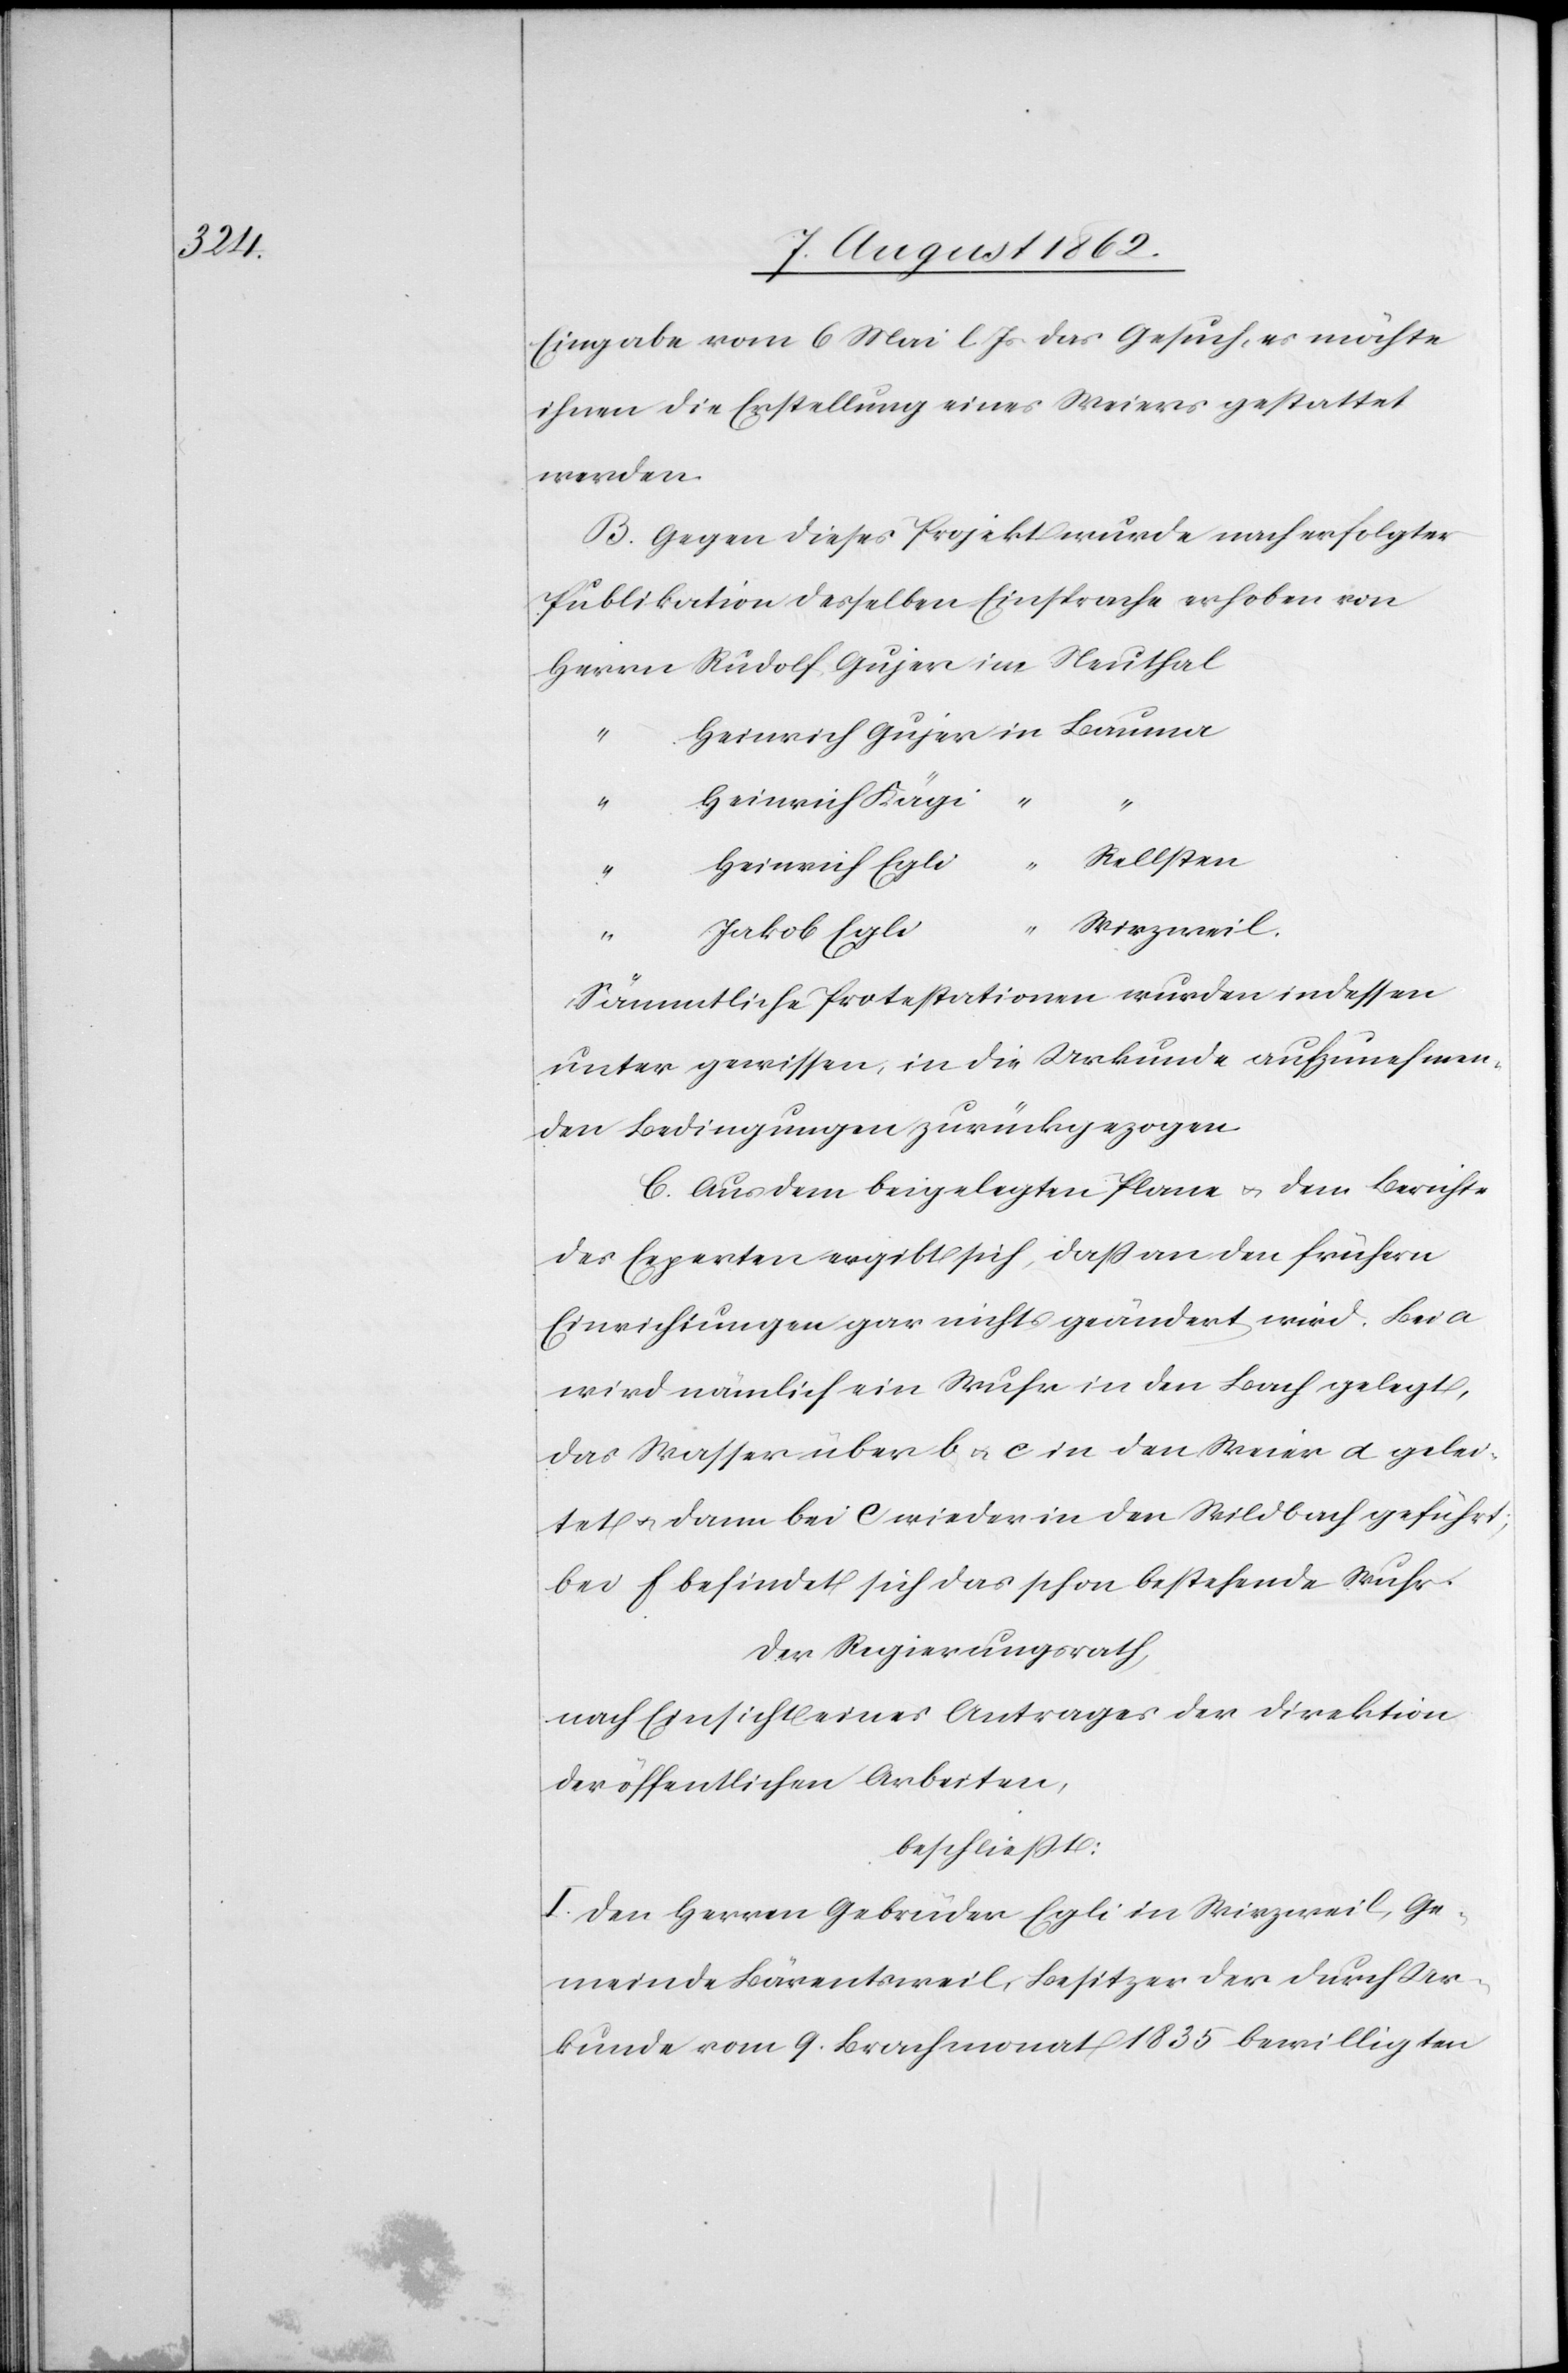
Eingabe vom 6. Mai l. Js. das Gesuch, es möchte
ihnen die Erstellung eines Weiers gestattet
werden.
B. Gegen dieses Projekt wurde nach erfolgter
Publikation desselben Einsprache erhoben von
Heinrich Kägi
in
Rellsten
Herr
Heinrich Egli
“
Wirzweil.
Jakob Egli
Sämmtliche Protestationen wurden indessen
unter gewissen, in die Urkunde aufzunehmen¬
den Bedingungen zurückgezogen.
C. Aus dem beigelegten Plane u. dem Berichte
des Experten ergibt sich, daß an den frühern
Einrichtungen gar nichts geändert wird. Bei a
wird nämlich ein Wuhr in den Bach gelegt,
das Wasser über b u. c in den Weier d gelei¬
tetet u. dann bei e wieder in den Wildbach geführt;
bei f befindet sich das schon bestehende Wuhr.
Der Regierungsrath,
nach Einsicht eines Antrages der Direktion
der öffentlichen Arbeiten,
beschließt:
I. Den Herren Gebrüder Egli in Wirzweil, Ge¬
meinde Bärentsweil, Besitzer der durch Ur¬
kunde vom 9. Brachmonat 1835 bewilligten